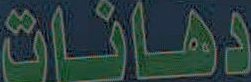
دهانات